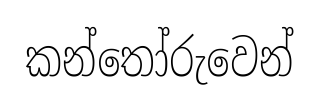
කන්තෝරුවෙන්